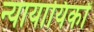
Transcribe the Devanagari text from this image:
न्यायायिकों